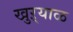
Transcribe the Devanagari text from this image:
खुऱ्याळ